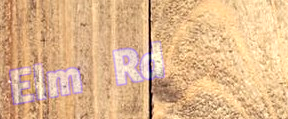
Elm Rd